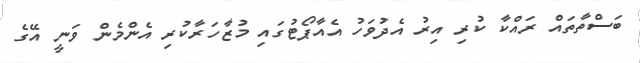
ބަސްތާތައް ރައްކާ ކުރި އިރު އެދުވަހު އެއާޕޯޓުގައި މުޒާހަރާކުރި އެންމެން ވަނީ އޭގެ